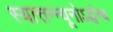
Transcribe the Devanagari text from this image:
स्यात्तन्न्यूनोऽर्द्धरथ